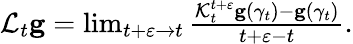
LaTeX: \begin{array}{r}{\mathcal{L}_{t}\mathbf{g}=\operatorname*{lim}_{t+\varepsilon\rightarrow t}\frac{\mathcal{K}_{t}^{t+\varepsilon}\mathbf{g}\left(\gamma_{t}\right)-\mathbf{g}\left(\gamma_{t}\right)}{t+\varepsilon-t}.}\end{array}